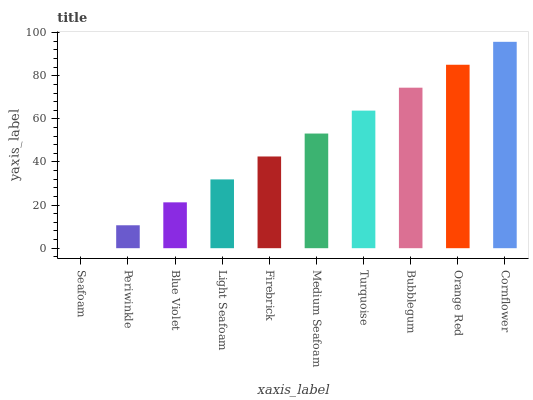
| xaxis_label | bars |
 | --- | --- |
 | Seafoam | 0 |
 | Periwinkle | 10.6 |
 | Blue Violet | 21.3 |
 | Light Seafoam | 31.9 |
 | Firebrick | 42.6 |
 | Medium Seafoam | 53.2 |
 | Turquoise | 63.8 |
 | Bubblegum | 74.5 |
 | Orange Red | 85.1 |
 | Cornflower | 95.8 |